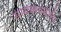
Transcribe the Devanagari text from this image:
सम्यकसंबोधि